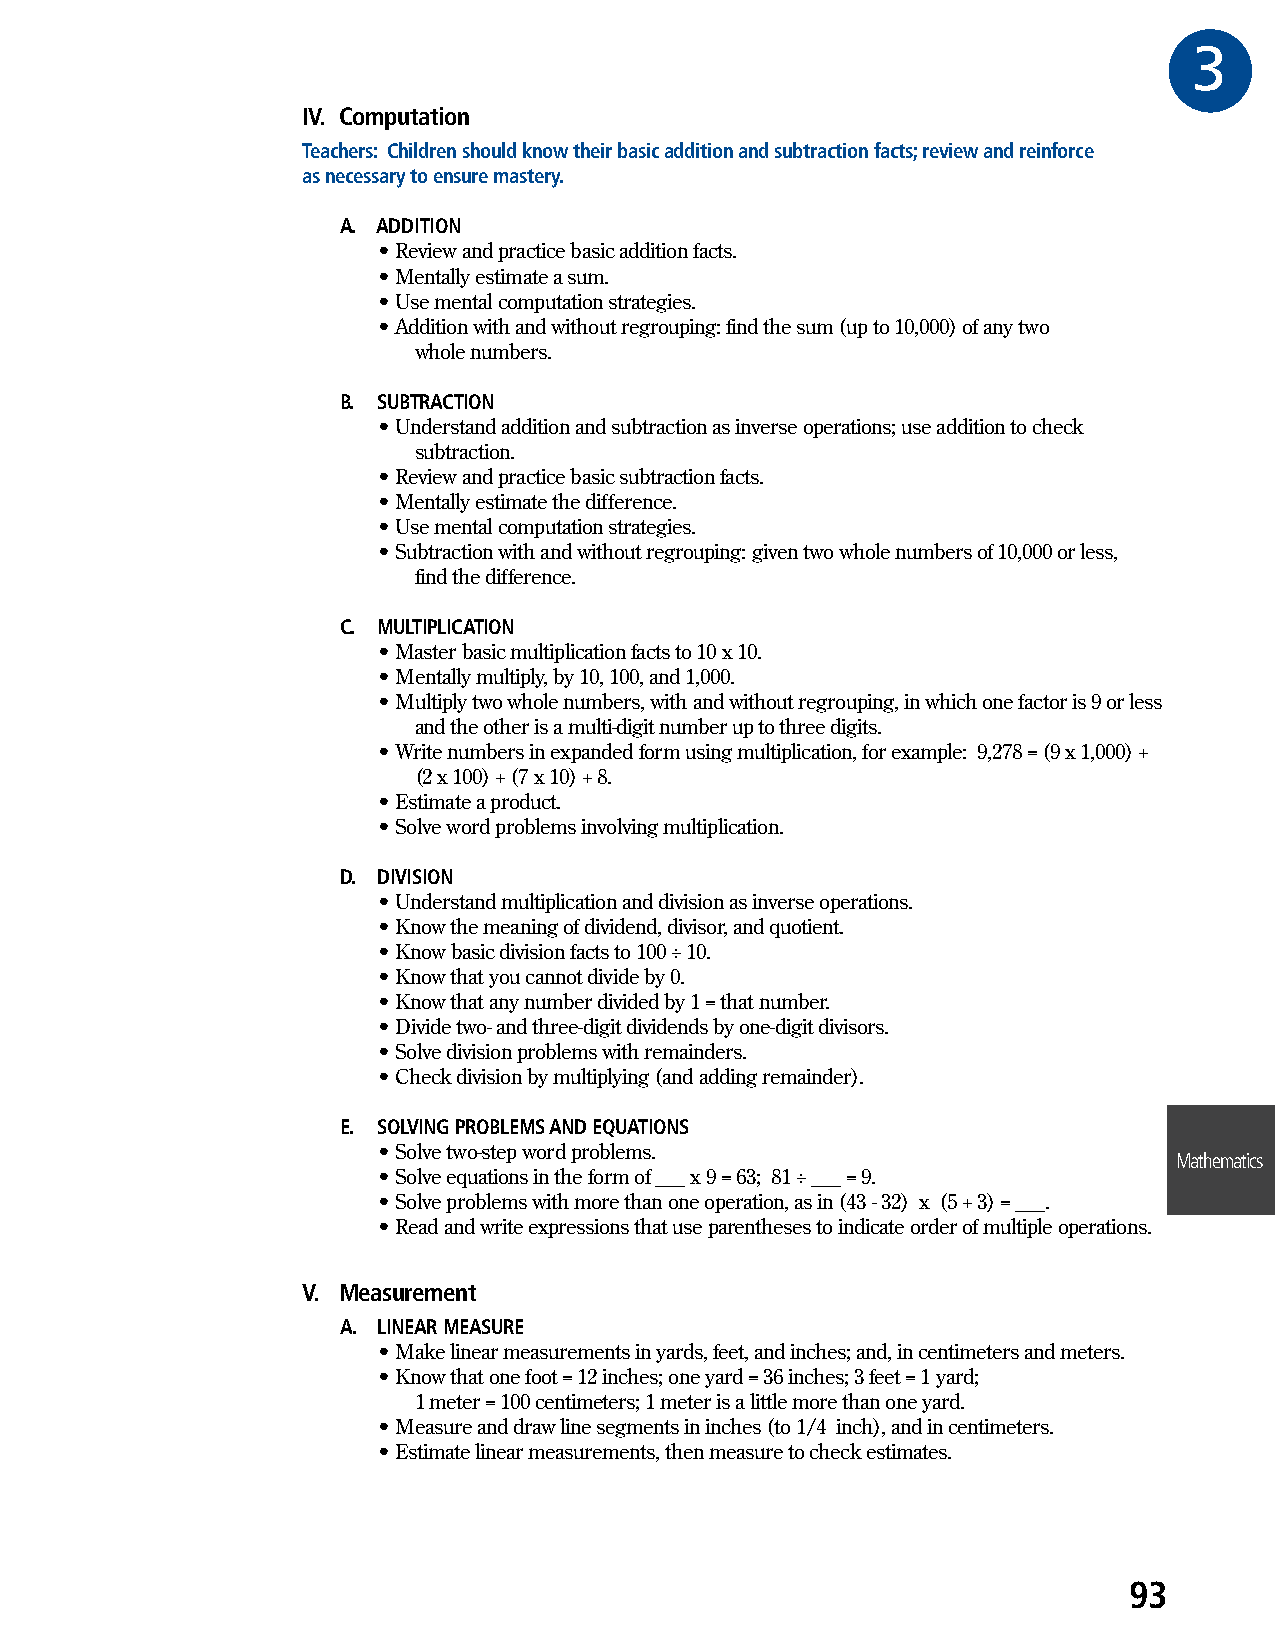
3GR
 IV. Computation
 Teachers: Children should know their basic addition and subtraction facts; review and reinforce
 as necessary to ensure mastery.
 A. ADDITION
 • Review and practice basic addition facts.
 • Mentally estimate a sum.
 • Use mental computation strategies.
 • Addition with and without regrouping: find the sum (up to 10,000) of any two
 whole numbers.
 B. SUBTRACTION
 • Understand addition and subtraction as inverse operations; use addition to check
 subtraction.
 • Review and practice basic subtraction facts.
 • Mentally estimate the difference.
 • Use mental computation strategies.
 • Subtraction with and without regrouping: given two whole numbers of 10,000 or less,
 find the difference.
 C. MULTIPLICATION
 • Master basic multiplication facts to 10 x 10.
 • Mentally multiply, by 10, 100, and 1,000.
 • Multiply two whole numbers, with and without regrouping, in which one factor is 9 or less
 and the other is a multi-digit number up to three digits.
 • Write numbers in expanded form using multiplication, for example: 9,278 = (9 x 1,000) +
 (2 x 100) + (7 x 10) + 8.
 • Estimate a product.
 • Solve word problems involving multiplication.
 D. DIVISION
 • Understand multiplication and division as inverse operations.
 • Know the meaning of dividend, divisor, and quotient.
 • Know basic division facts to 100 ÷ 10.
 • Know that you cannot divide by 0.
 • Know that any number divided by 1 = that number.
 • Divide two- and three-digit dividends by one-digit divisors.
 • Solve division problems with remainders.
 • Check division by multiplying (and adding remainder).
 E. SOLVING PROBLEMS AND EQUATIONS
 • Solve two-step word problems.
 Mathematics
 • Solve equations in the form of ___ x 9 = 63; 81 ÷ ___ = 9.
 • Solve problems with more than one operation, as in (43 - 32) x (5 + 3) = ___.
 • Read and write expressions that use parentheses to indicate order of multiple operations.
 V. Measurement
 A. LINEAR MEASURE
 • Make linear measurements in yards, feet, and inches; and, in centimeters and meters.
 • Know that one foot = 12 inches; one yard = 36 inches; 3 feet = 1 yard;
 1 meter = 100 centimeters; 1 meter is a little more than one yard.
 • Measure and draw line segments in inches (to 1/4 inch), and in centimeters.
 • Estimate linear measurements, then measure to check estimates.
 93